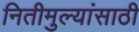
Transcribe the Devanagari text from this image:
नितीमुल्यांसाठी